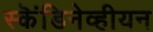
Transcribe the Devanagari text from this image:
स्कॆंडिनेव्हीयन